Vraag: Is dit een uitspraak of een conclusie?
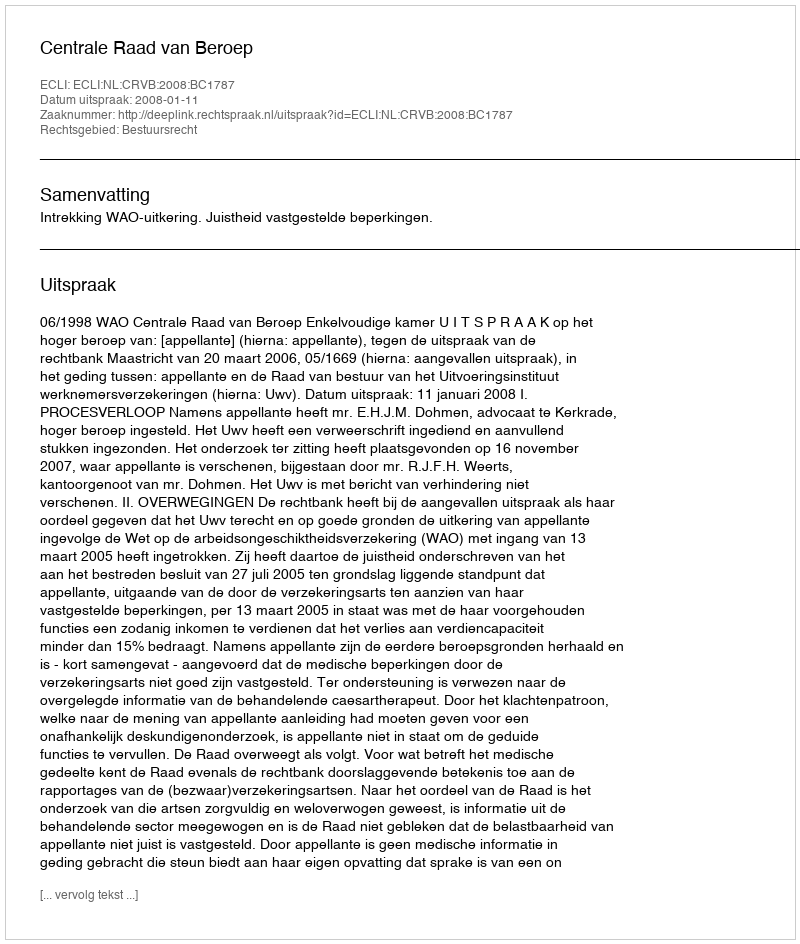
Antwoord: Uitspraak